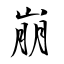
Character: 崩